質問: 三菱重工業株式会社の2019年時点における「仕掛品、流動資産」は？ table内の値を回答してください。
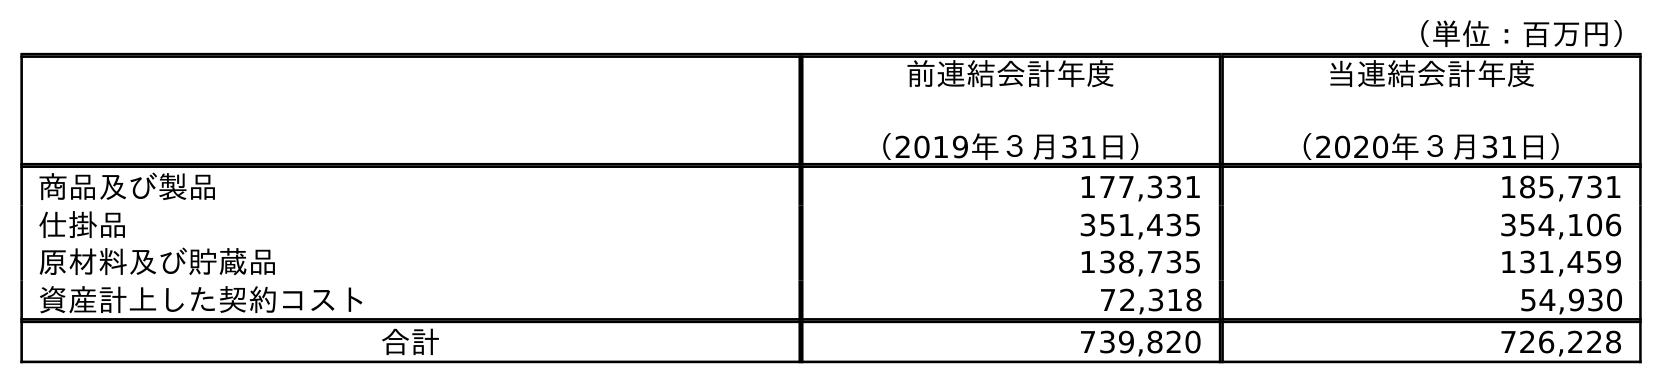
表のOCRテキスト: （単位：百万円） 前連結会計年度 （2019年３月31日） 当連結会計年度 （2020年３月31日） 商品及び製品 177,331 185,731 仕掛品 351,435 354,106 原材料及び貯蔵品 138,735 131,459 資産計上した契約コスト 72,318 54,930 合計 739,820 726,228
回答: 351,435